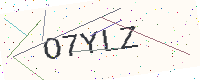
Text: O7YLZ